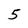
Character: 5